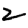
Digit: 2